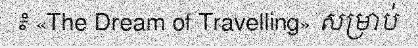
៖ «The Dream of Travelling» សម្រាប់